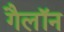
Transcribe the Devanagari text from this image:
गैलॉन